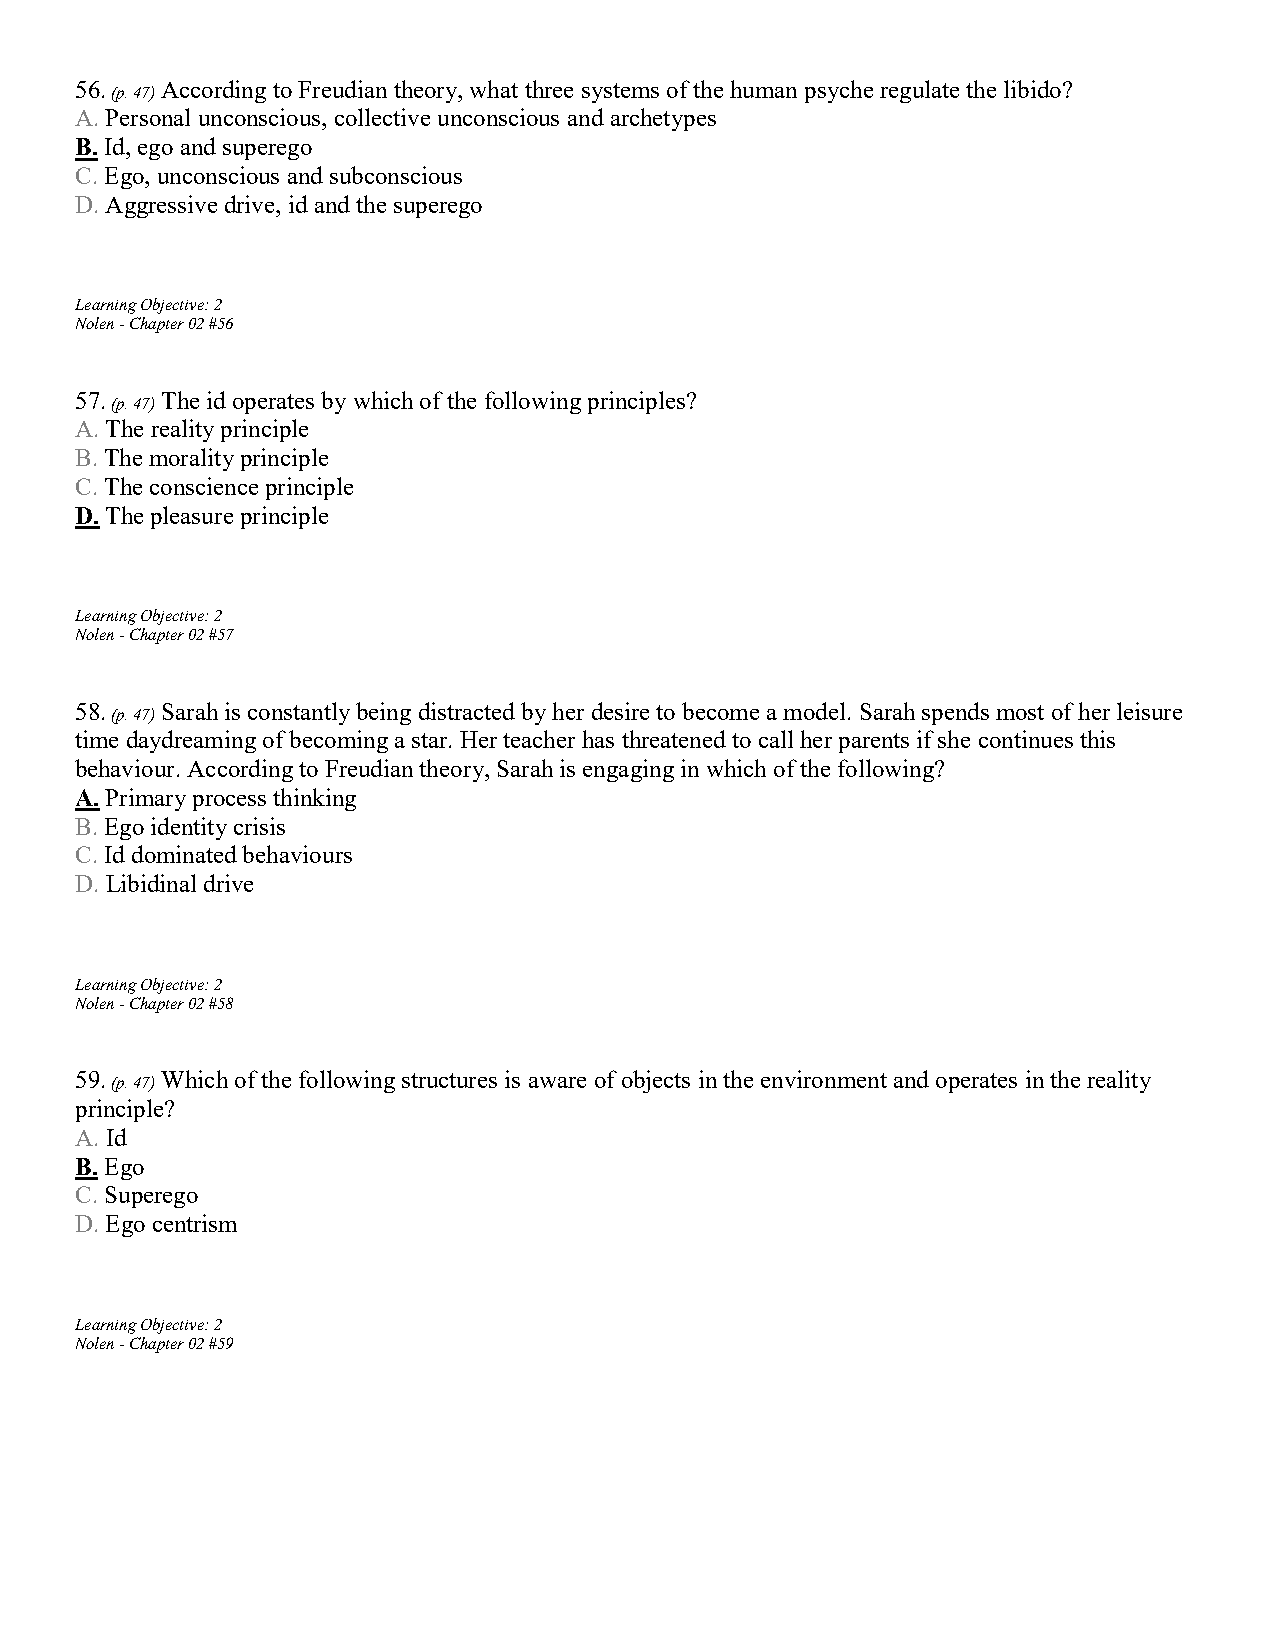
56.   According to Freudian theory, what three systems of the human psyche regulate the libido?
 (p. 47)
 A. Personal unconscious, collective unconscious and archetypes
 B. Id, ego and superego
 C. Ego, unconscious and subconscious
 D. Aggressive drive, id and the superego
 Learning Objective: 2
 Nolen - Chapter 02 #56
 57.   The id operates by which of the following principles?
 (p. 47)
 A. The reality principle
 B. The morality principle
 C. The conscience principle
 D. The pleasure principle
 Learning Objective: 2
 Nolen - Chapter 02 #57
 58.   Sarah is constantly being distracted by her desire to become a model. Sarah spends most of her leisure
 (p. 47)
 time daydreaming of becoming a star. Her teacher has threatened to call her parents if she continues this
 behaviour. According to Freudian theory, Sarah is engaging in which of the following?
 A. Primary process thinking
 B. Ego identity crisis
 C. Id dominated behaviours
 D. Libidinal drive
 Learning Objective: 2
 Nolen - Chapter 02 #58
 59.   Which of the following structures is aware of objects in the environment and operates in the reality
 (p. 47)
 principle?
 A. Id
 B. Ego
 C. Superego
 D. Ego centrism
 Learning Objective: 2
 Nolen - Chapter 02 #59